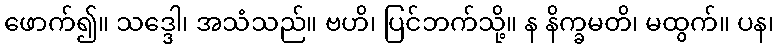
ဖောက်၍။ သဒ္ဒေါ၊ အသံသည်။ ဗဟိ၊ ပြင်ဘက်သို့။ န နိက္ခမတိ၊ မထွက်။ ပန၊